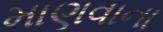
માણવાના